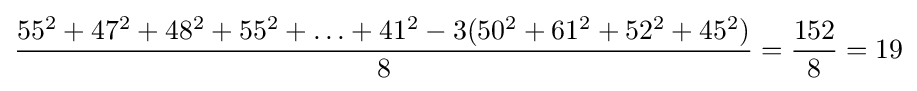
{\frac {55^{2}+47^{2}+48^{2}+55^{2}+\ldots +41^{2}-3(50^{2}+61^{2}+52^{2}+45^{2})}{8}}={\frac {152}{8}}=19